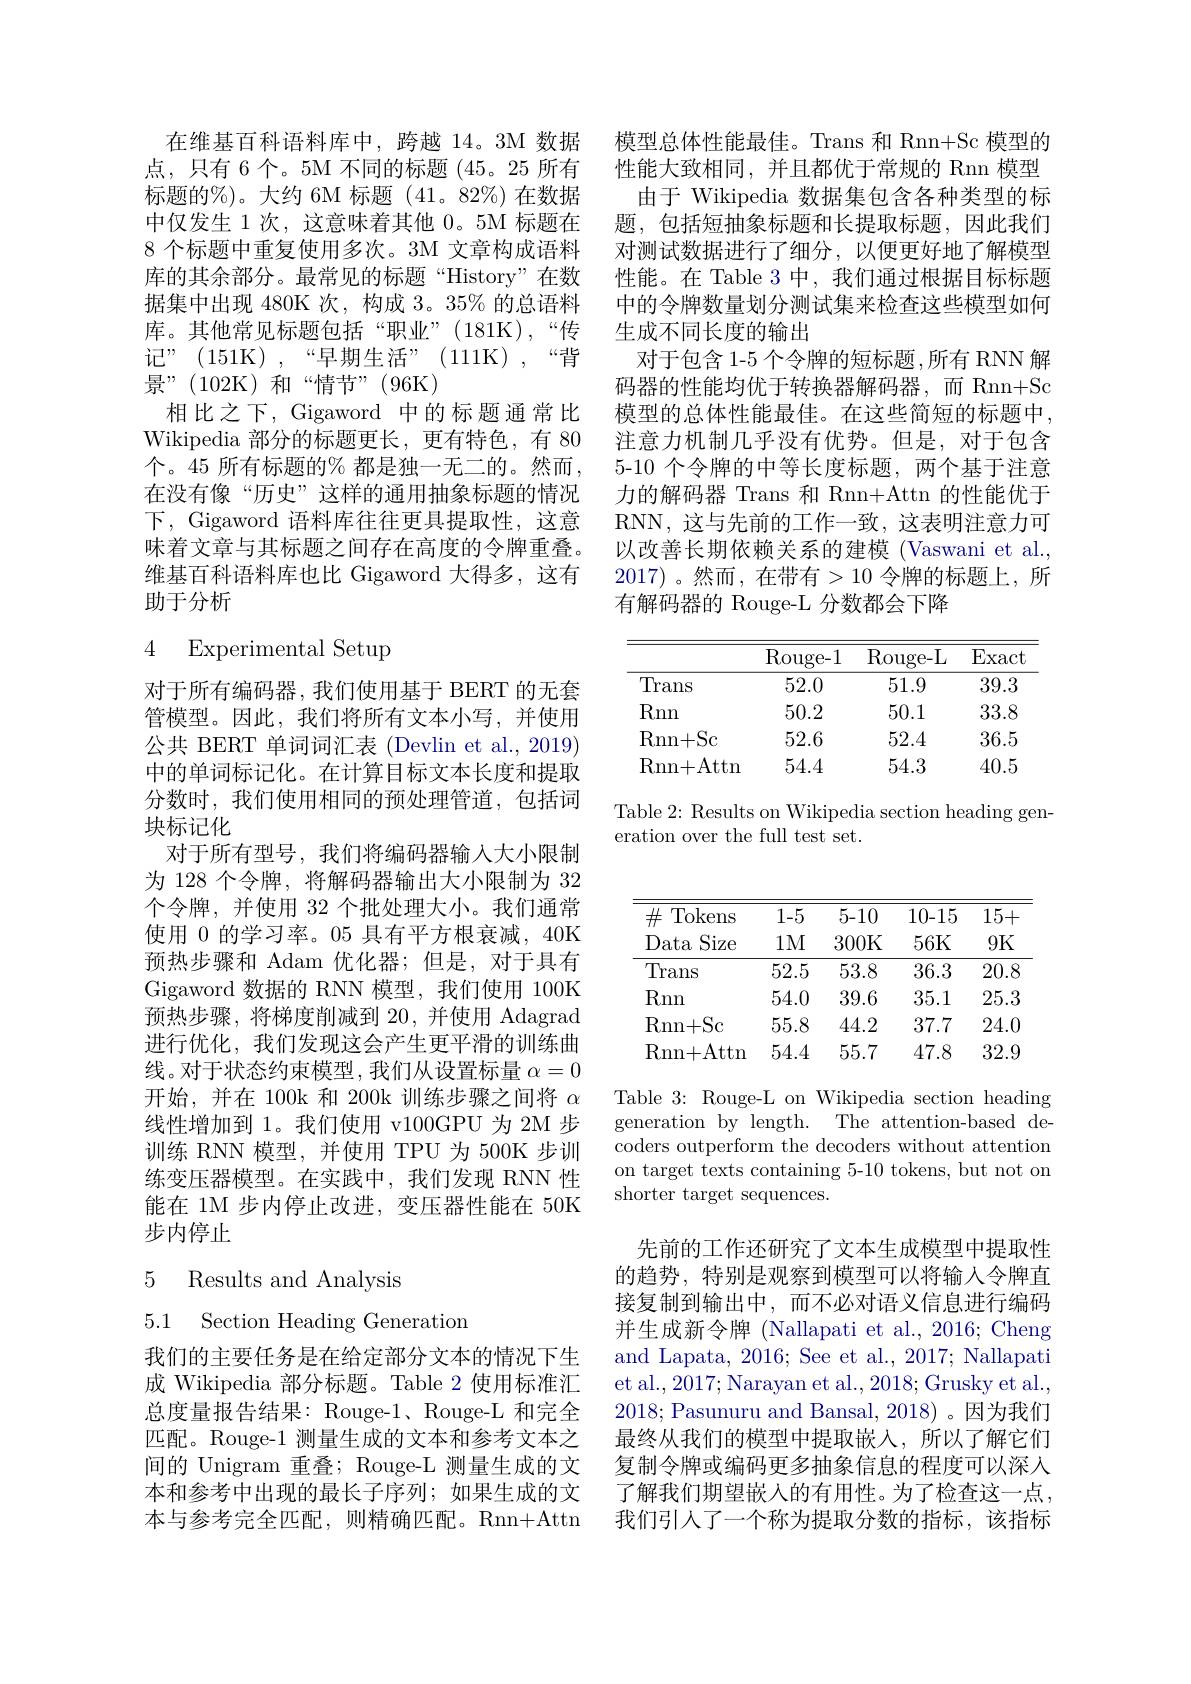
在维基百科语料库中，跨越 14。3M 数据点，只有6个。5M 不同的标题 (45。25 所有标题的%)。大约 6M 标题 (41。82%) 在数据中仅发生 1次，这意味着其他0。5M 标题在8 个标题中重复使用多次。3M 文章构成语料库的其余部分。最常见的标题“History”在数据集中出现 480K 次，构成 3。35% 的总语料库。其他常见标题包括“职业”(181K),“传记”(151K),“早期生活”(111K),“背景”(102K)和“情节”(96K)
相比之下，Gigaword 中的标题通常比Wikipedia 部分的标题更长，更有特色，有 80个。45 所有标题的% 都是独一无二的。然而， 在没有像“历史”这样的通用抽象标题的情况下，Gigaword 语料库往往更具提取性，这意味着文章与其标题之间存在高度的令牌重叠。维基百科语料库也比 Gigaword 大得多，这有助于分析

# 4 Experimental Setup

对于所有编码器，我们使用基于 BERT 的无套管模型。因此，我们将所有文本小写，并使用公共 BERT 单词词汇表 (Devlin et al., 2019) 中的单词标记化。在计算目标文本长度和提取分数时，我们使用相同的预处理管道，包括词块标记化
对于所有型号，我们将编码器输入大小限制为 128 个令牌，将解码器输出大小限制为 32个令牌，并使用 32 个批处理大小。我们通常使用 0 的学习率。05 具有平方根衰减，40K 预热步骤和 Adam 优化器；但是，对于具有Gigaword 数据的 RNN 模型，我们使用 100K 预热步骤，将梯度削减到 20, 并使用 Adagrad 进行优化，我们发现这会产生更平滑的训练曲线。对于状态约束模型，我们从设置标量$\alpha=0$ 开始，并在 100k 和 200k 训练步骤之间将$\alpha$ 线性增加到 1。我们使用 v100GPU 为 2M 步训练 RNN 模型，并使用 TPU 为 500K 步训练变压器模型。在实践中，我们发现 RNN 性能在 1M 步内停止改进，变压器性能在 50K 步内停止

## 5 Results and Analysis
5.1 Section Heading Generation

我们的主要任务是在给定部分文本的情况下生成 Wikipedia 部分标题。Table 2 使用标准汇总度量报告结果：Rouge-1、Rouge-L 和完全匹配。Rouge-1 测量生成的文本和参考文本之间的 Unigram 重叠；Rouge-L 测量生成的文本和参考中出现的最长子序列；如果生成的文本与参考完全匹配，则精确匹配。Rnn+Attn

模型总体性能最佳。Trans 和 Rnn+Sc 模型的性能大致相同，并且都优于常规的 Rnn 模型
由于 Wikipedia 数据集包含各种类型的标题，包括短抽象标题和长提取标题，因此我们对测试数据进行了细分，以便更好地了解模型性能。在 Table 3 中，我们通过根据目标标题中的令牌数量划分测试集来检查这些模型如何生成不同长度的输出
对于包含 1-5 个令牌的短标题 ,所有 RNN 解码器的性能均优于转换器解码器，而 Rnn+Sc 模型的总体性能最佳。在这些简短的标题中， 注意力机制几乎没有优势。但是，对于包含5-10 个令牌的中等长度标题，两个基于注意力的解码器 Trans 和 Rnn+Attn 的性能优于RNN,这与先前的工作一致，这表明注意力可以改善长期依赖关系的建模 (Vaswani et al., 2017)。然而，在带有>10 令牌的标题上，所有解码器的 Rouge-L 分数都会下降

<table>
	<tbody>
		<tr>
			<th> </th>
			<th>$\operatorname{Rouge-1}$</th>
			<th>$\operatorname{Rouge-L}$</th>
			<th>Exact</th>
		</tr>
		<tr>
			<td>Trans</td>
			<td>52.0</td>
			<td>51.9</td>
			<td>39.3</td>
		</tr>
		<tr>
			<td>Rnn</td>
			<td>50.2</td>
			<td>50.1</td>
			<td>33.8</td>
		</tr>
		<tr>
			<td>Rnn+ Sc</td>
			<td>52.6</td>
			<td>52.4</td>
			<td>36.5</td>
		</tr>
		<tr>
			<td>Rnn+ Attn</td>
			<td>54.4</td>
			<td>54.3</td>
			<td>40.5</td>
		</tr>
	</tbody>
</table>

Table 2: Results on Wikipedia section heading gen-
eration over the full test set.

<table>
	<tbody>
		<tr>
			<th>$\#$ Tokens</th>
			<th>1-5</th>
			<th>5-10</th>
			<th>10-15</th>
			<th>15+</th>
		</tr>
		<tr>
			<th>$\#$ $\operatorname{Tokens}$ : Data Size</th>
			<th>1-5 $1M$</th>
			<th>5-10 300K</th>
			<th>10-15 56K</th>
			<th>15+ 9K</th>
		</tr>
		<tr>
			<th>Size Data</th>
			<th>1M</th>
			<th>300K</th>
			<th>56K</th>
			<th>9K</th>
		</tr>
		<tr>
			<td>Trans</td>
			<td>52.5</td>
			<td>53.8</td>
			<td>36.3</td>
			<td>20.8</td>
		</tr>
		<tr>
			<td>Rnn</td>
			<td>54.0</td>
			<td>39.6</td>
			<td>35.1</td>
			<td>25.3</td>
		</tr>
		<tr>
			<td>$\operatorname{Rnn+Sc}$</td>
			<td>55.8</td>
			<td>44.2</td>
			<td>37.7</td>
			<td>24.0</td>
		</tr>
		<tr>
			<td>Rnn+ Attn</td>
			<td>54.4</td>
			<td>55.7</td>
			<td>47.8</td>
			<td>32.9</td>
		</tr>
	</tbody>
</table>

Table 3: Rouge-L on Wikipedia section heading generation by length. The attention-based decoders outperform the decoders without attention on target texts containing 5-10 tokens, but not on shorter target sequences.

先前的工作还研究了文本生成模型中提取性的趋势，特别是观察到模型可以将输入令牌直接复制到输出中，而不必对语义信息进行编码并生成新令牌 (Nallapati et al., 2016; Cheng and Lapata, 2016; See et al., 2017; Nallapati et al., 2017; Narayan et al., 2018; Grusky et al., 2018; Pasunuru and Bansal, 2018)。因为我们最终从我们的模型中提取嵌入，所以了解它们复制令牌或编码更多抽象信息的程度可以深人了解我们期望嵌入的有用性。为了检查这一点， 我们引人了一个称为提取分数的指标，该指标